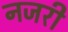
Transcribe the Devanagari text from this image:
नजरी